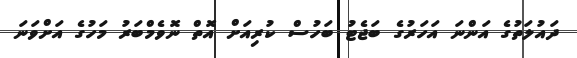
ދައުލަތުގެ އަންނަ އަހަރުގެ ބަޖެޓު ބަހުސް ކުރިއަށް އޮތް ނޮވެމްބަރު މަހުގެ އަށްވަނަ